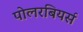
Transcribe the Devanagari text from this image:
पोलरबियर्स